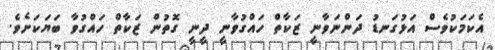
އެކަމަކުވެސް އަޅުގަނޑު ދަންނަވާނީ ޒަކާތް ހައްގުވާނީ ދީނީ ގޮތުން ޒަކާތް ހައްގުވާ ބަޔަކަށެވެ.